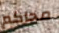
محاكم